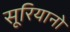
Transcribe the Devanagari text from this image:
सूरियानो